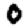
Digit: 0